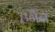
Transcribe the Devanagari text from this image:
हर्नैन